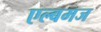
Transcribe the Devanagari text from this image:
एल्बमज